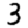
Digit: 3